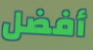
أفضل